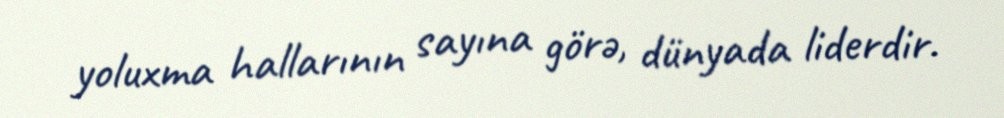
yoluxma hallarının sayına görə, dünyada liderdir.